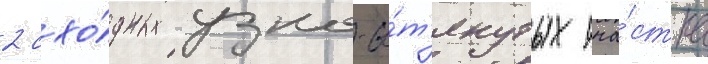
2 схо́дных узко-вы́т'янутых уча́стка